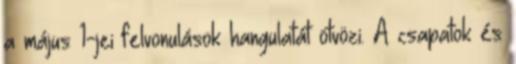
a május 1-jei felvonulások hangulatát ötvözi. A csapatok és